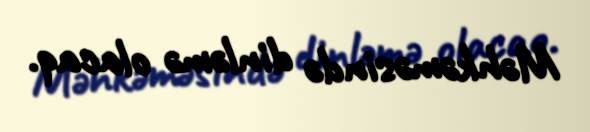
Məhkəməsində dinləmə olacaq.